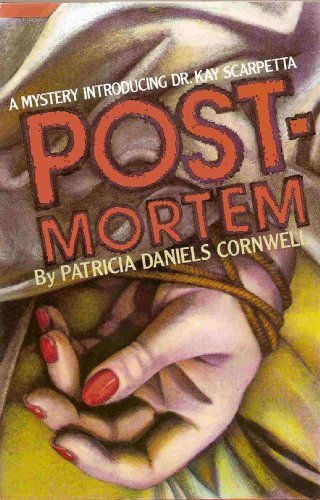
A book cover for Postmortem: A Mystery Introducing Dr. Kay Scarpetta; Patricia Cornwell; Mystery, Thriller & Suspense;